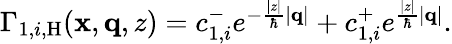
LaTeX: \begin{array}{r}{\Gamma_{1,i,\mathrm{H}}(\mathbf{x},\mathbf{q},z)=c_{1,i}^{-}e^{-\frac{|z|}{\hbar}|\mathbf{q}|}+c_{1,i}^{+}e^{\frac{|z|}{\hbar}|\mathbf{q}|}.}\end{array}